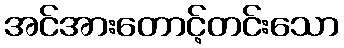
အင်အားတောင့်တင်းသော